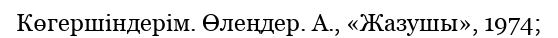
Көгершіндерім. Өлеңдер. А., «Жазушы», 1974;